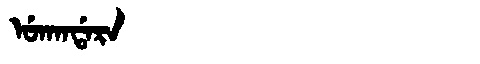
Manchu: ᡠᡴᠠᠨᡩᠠᡵᠠ
Romanization: UKANDARA